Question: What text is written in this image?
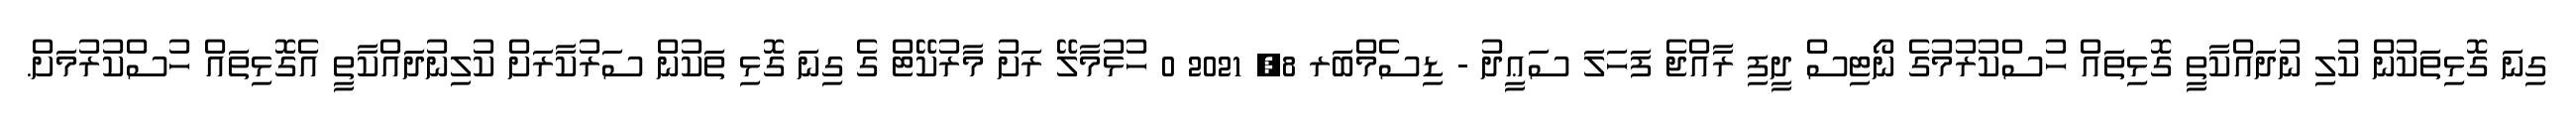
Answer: ގިނަ ގޮޅިތަކުން ކުލި ނުދައްކާތީ ގޮޅިތައް ހުސްކުރުމުގެ ނޯޓިސް ދީފި ރާއްޖެ ފަހަލަ ސަޢީދު - ޑިސެމްބަރ 8, 2021 0 ހުޅުމާލޭ ރަށު މާރުކޭޓް ގެ ގިނަ ގޮޅި ތަކުން ސަރުކާރަށް ކުލިނުދައްކާތީ އެގޮޅިތައް ހުސްކުރުމަށް.